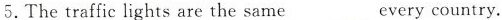
5.The traffic lights are the same___every country.